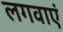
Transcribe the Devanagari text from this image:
लगवाएं